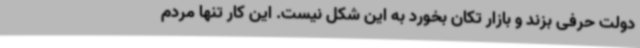
دولت حرفی بزند و بازار تکان بخورد به این شکل نیست. این کار تنها مردم